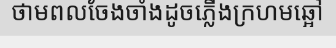
ថាមពលចែងចាំងដូចភ្លើងក្រហមឆ្អៅ